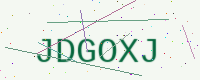
Text: JDGOXJ